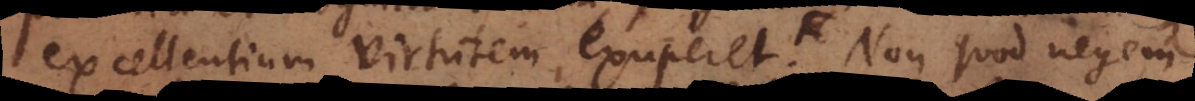
excellentium virtutem exuperet. Non quod negem